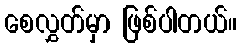
စေလွှတ်မှာ ဖြစ်ပါတယ်။